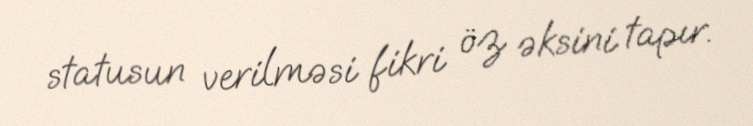
statusun verilməsi fikri öz əksini tapır.